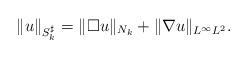
LaTeX: \begin{align*}\| u \|_{S_k^\sharp} = \| \Box u\|_{N_k} + \|\nabla u\|_{L^\infty L^2}.\end{align*}